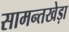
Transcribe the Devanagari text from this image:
सामन्तखेड़ा